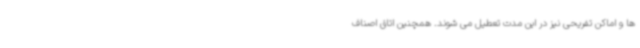
ها و اماکن تفریحی نیز در این مدت تعطیل می شوند. همچنین اتاق اصناف